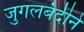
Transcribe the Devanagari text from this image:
जुगलबंदीने